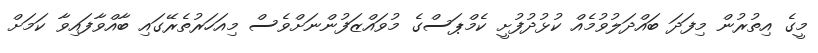
މީގެ އިތުރުން މިފަދަ ބައްދަލުވުމެއް ކުޅުދުފުށީ ކެމްޕަސްގެ މުވައްޒަފުންނަށްވެސް މިއަހަރުތެރޭގައި ބާއްވާފައިވާ ކަމަށް